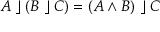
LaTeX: A \; \rfloor \; ( B \; \rfloor \; C ) = ( A \wedge B ) \; \rfloor \; C